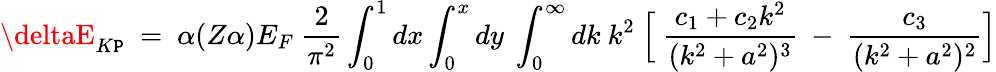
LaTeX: \deltaE_{K\mathtt{P}}~=~\alpha(Z\alpha)E_{F}~\frac{{2}}{{\pi^{2}}}\int_{0}^{1}{dx}\int_{0}^{x}{dy}~\int_{0}^{\infty}{dk}~k^{2}~\Bigl[~\frac{{c_{1}+c_{2}k^{2}}}{{(k^{2}+a^{2})^{3}}}~-~\frac{{c_{3}}}{{(k^{2}+a^{2})^{2}}}\Bigr]